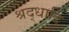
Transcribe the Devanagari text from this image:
श्रद्धादि